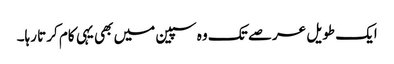
ایک طویل عرصے تک وہ سپین میں بھی یہی کام کرتا رہا۔